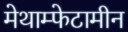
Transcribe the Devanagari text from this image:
मेथाम्फेटामीन